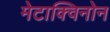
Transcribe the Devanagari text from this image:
मेटाक्विनोन